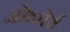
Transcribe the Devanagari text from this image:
ओब्सेर्व